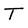
Character: T